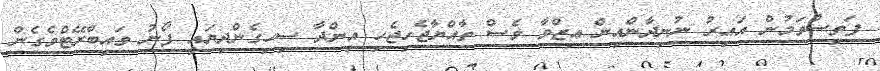
ފަތިސްވަމުން އައިރު ނުނިދާންއިން ޢިޒްވާ ވެސް ތާއްޔާޖެހިޖެހި އިންދާ ސިހިގެންދިޔައީ ފޯނު ވައިބްރޭޓްވެގެން